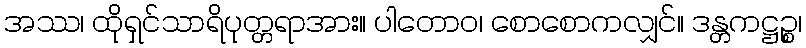
အဿ၊ ထိုရှင်သာရိပုတ္တရာအား။ ပါတောဝ၊ စောစောကလျှင်။ ဒန္တကဋ္ဌဉ္စ၊